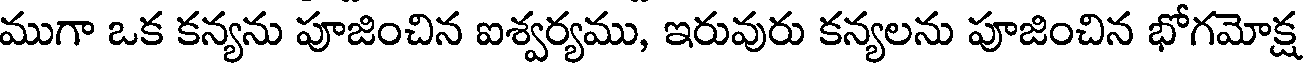
ముగా ఒక కన్యను పూజించిన ఐశ్వర్యము, ఇరువురు కన్యలను పూజించిన భోగమోక్ష